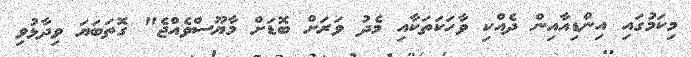
މިކަމުގައި އިންޑިއާއިން ދެއްކި ވާހަކަތަކާއި މެދު ވަރަށް ބޮޑަށް މާޔޫސްވެއްޖެ" ގޮތަބަޔަ ވިދާޅުވި